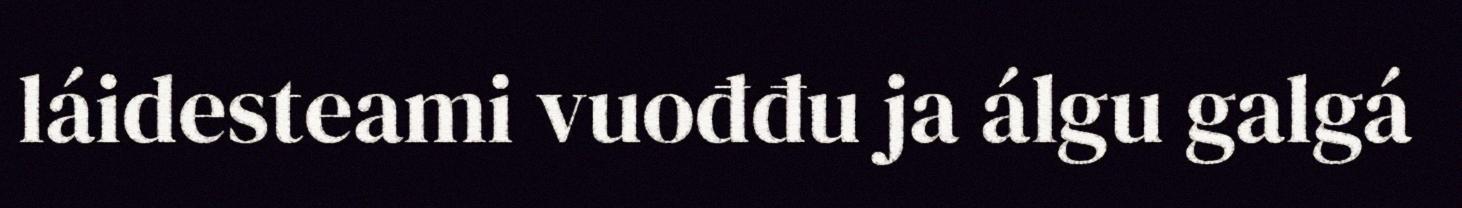
láidesteami vuođđu ja álgu galgá